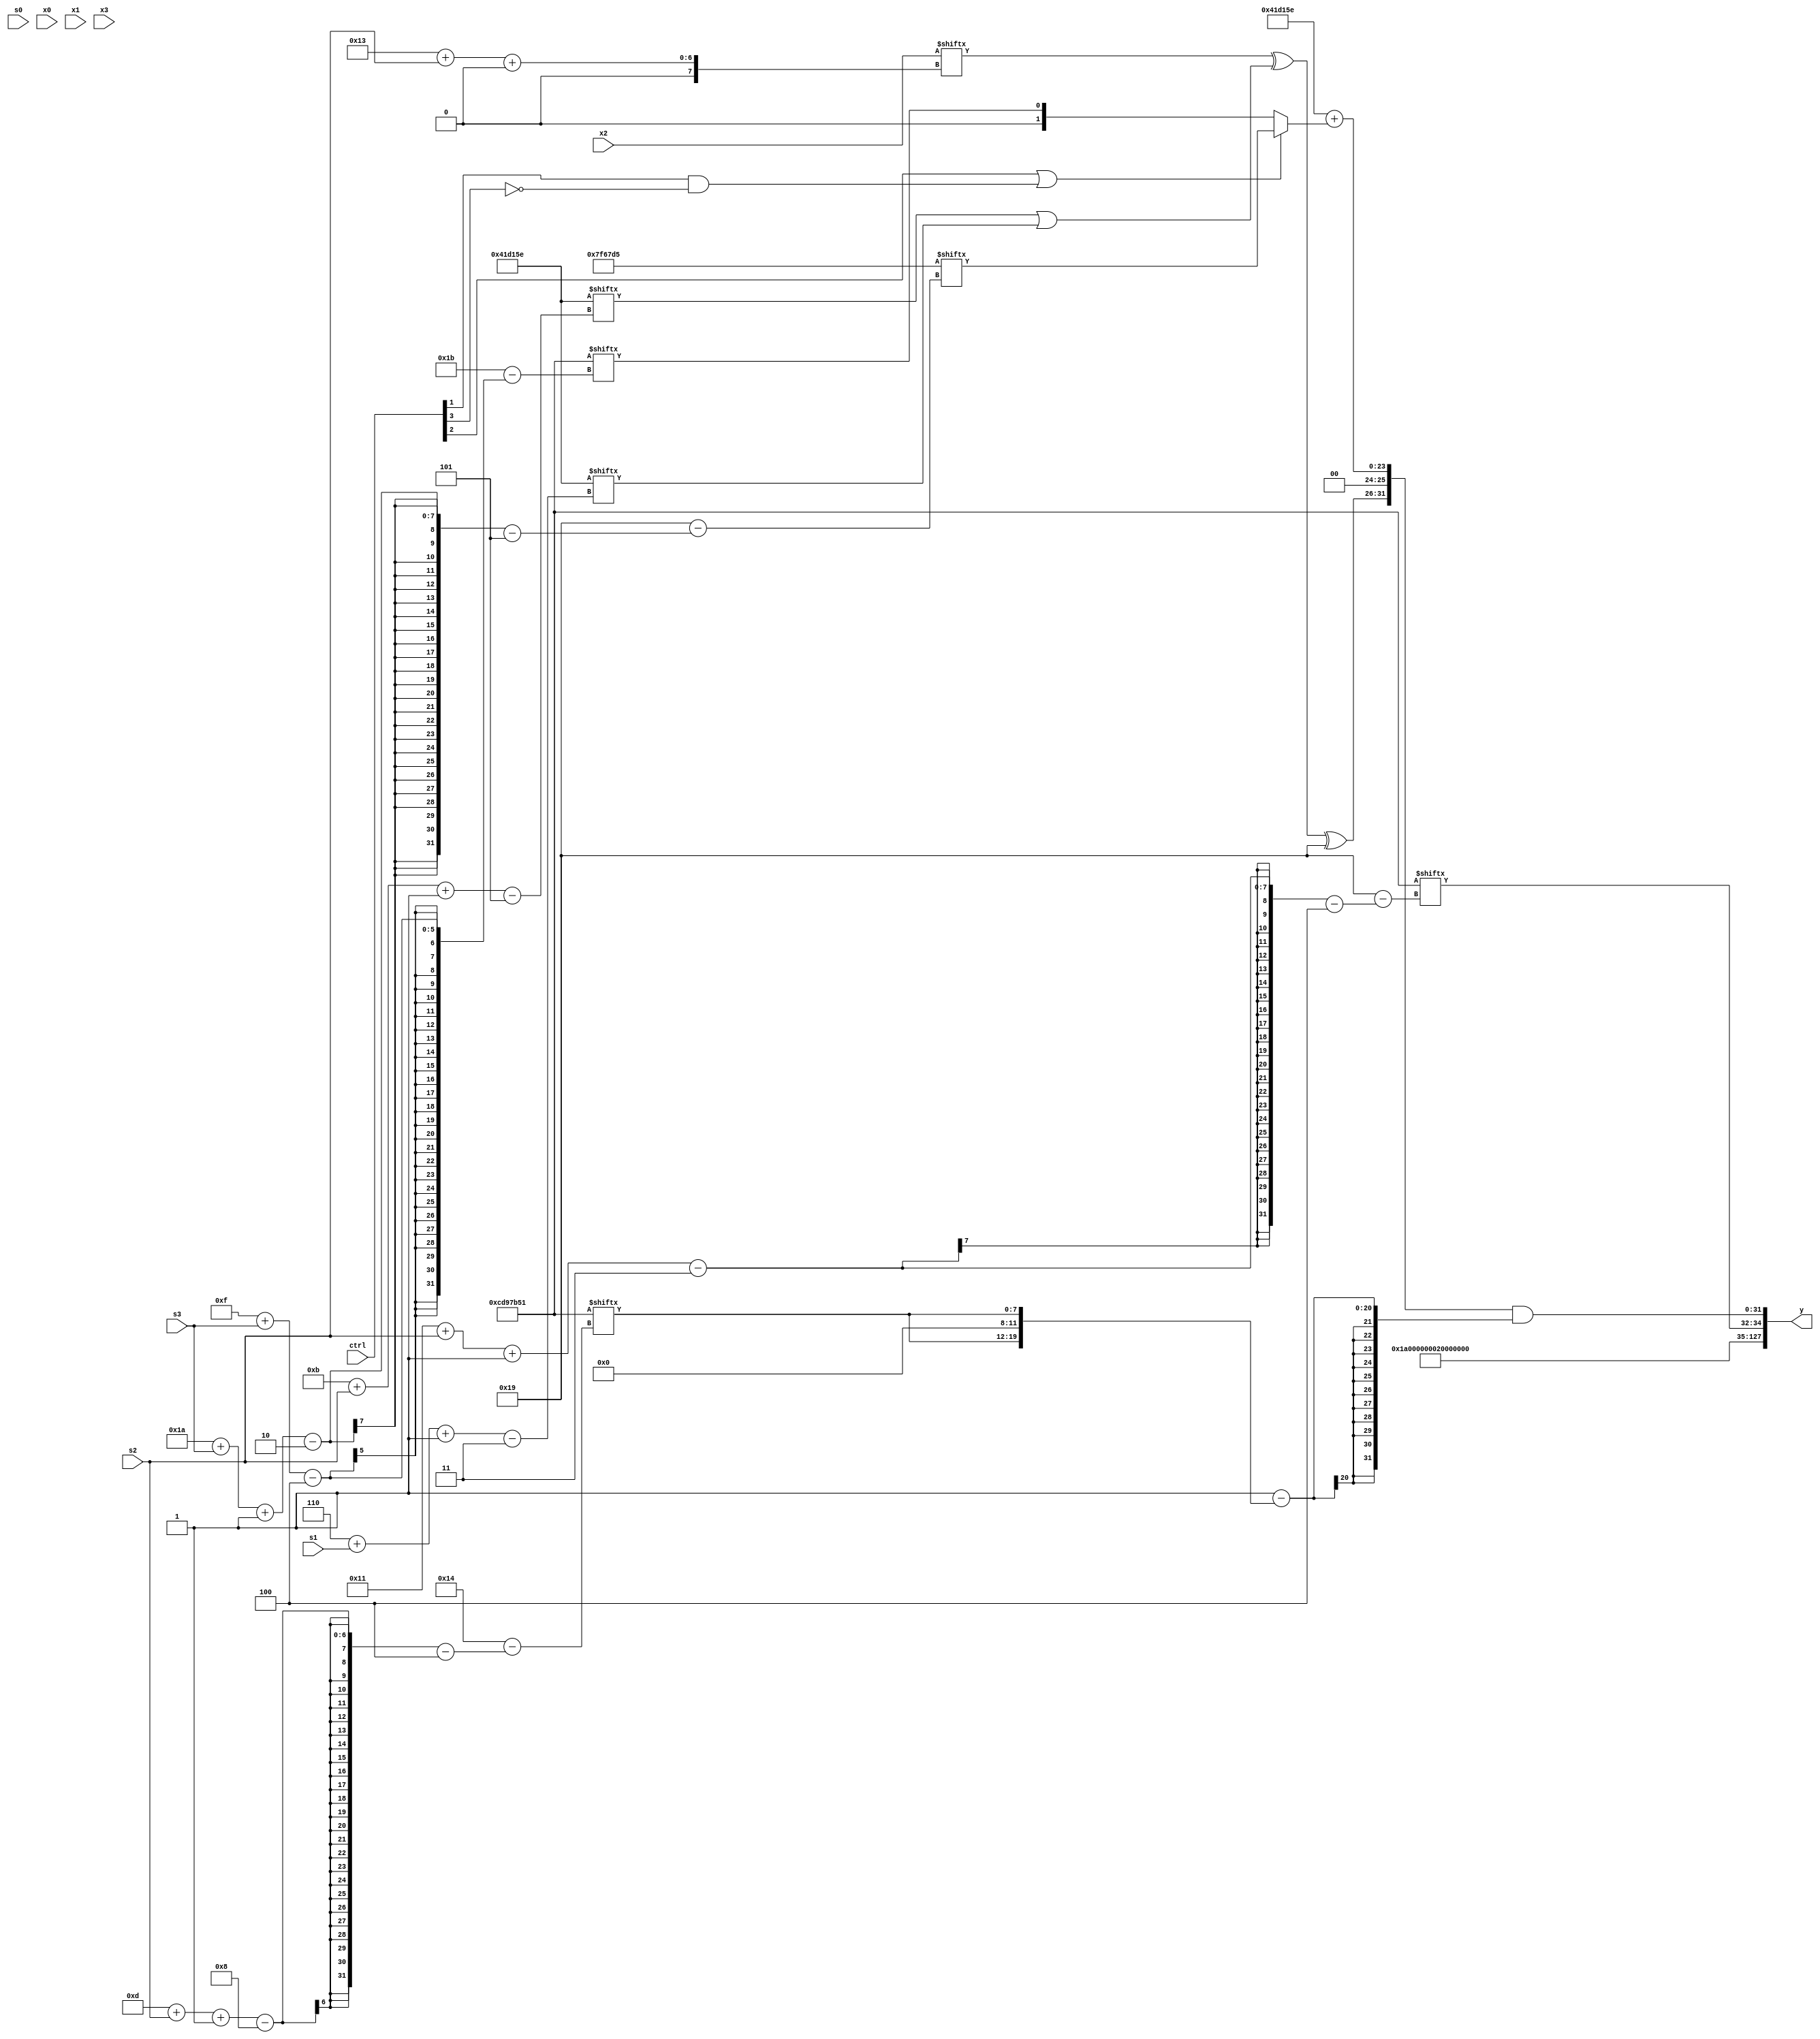
module partsel_00438(ctrl, s0, s1, s2, s3, x0, x1, x2, x3, y);
  input [3:0] ctrl;
  input [2:0] s0;
  input [2:0] s1;
  input [2:0] s2;
  input [2:0] s3;
  input [31:0] x0;
  input [31:0] x1;
  input signed [31:0] x2;
  input signed [31:0] x3;
  wire [7:25] x4;
  wire [24:0] x5;
  wire [28:2] x6;
  wire signed [6:24] x7;
  wire signed [1:25] x8;
  wire signed [4:28] x9;
  wire [25:5] x10;
  wire [24:2] x11;
  wire [6:27] x12;
  wire [7:31] x13;
  wire signed [0:27] x14;
  wire [28:7] x15;
  output [127:0] y;
  wire signed [31:0] y0;
  wire signed [31:0] y1;
  wire signed [31:0] y2;
  wire signed [31:0] y3;
  assign y = {y0,y1,y2,y3};
  localparam signed [28:5] p0 = 368420121;
  localparam signed [25:0] p1 = 4313438;
  localparam [5:31] p2 = 142567381;
  localparam signed [4:31] p3 = 215579473;
  assign x4 = (({2{(x0 & (!ctrl[0] && ctrl[2] || ctrl[1] ? x1 : x1[20]))}} | (ctrl[0] || ctrl[2] && !ctrl[1] ? (x0 | x3[25 + s3 +: 3]) : ({p2[17 -: 3], (p3[8 + s3 -: 6] | (p1[9] + p0[17 +: 3]))} | (p1 & (p1[22 + s1 -: 8] ^ p1[2 + s0 -: 1]))))) + p1[7 + s3]);
  assign x5 = p0;
  assign x6 = (!ctrl[2] && !ctrl[1] || !ctrl[3] ? ((x4[9 + s3 +: 5] ^ p3[19 +: 3]) | p3) : {2{((p1 ^ (p2[20 -: 2] | x2[27 + s2 -: 1])) - x2[30 + s0 -: 3])}});
  assign x7 = p0[28 + s1 -: 6];
  assign x8 = (!ctrl[2] || !ctrl[3] && ctrl[0] ? p0[16 + s0] : x4[20 -: 2]);
  assign x9 = ((({2{(p0 & p0[0 + s0 -: 6])}} & ((x0[25 + s1 +: 3] - x7) + (p0[22] & p0[19 + s3 -: 7]))) | x7[14 -: 4]) | {2{(p2 & x8)}});
  assign x10 = (x5 + x1[13 -: 3]);
  assign x11 = (!ctrl[0] && ctrl[1] || !ctrl[1] ? x8[7 + s0 +: 4] : x9[17]);
  assign x12 = (((ctrl[2] || ctrl[0] || !ctrl[3] ? {2{p3[13 -: 2]}} : p1[25 + s2 -: 7]) & x11) & (({(x1[23 -: 4] - (x10[13 + s0] ^ (p0 - x10[13 -: 4]))), p3[14 +: 3]} | (ctrl[1] || !ctrl[3] || ctrl[1] ? p0[17 + s1 +: 6] : {2{p3[22 -: 1]}})) | x10));
  assign x13 = ((p0 | ((x3[19 -: 2] | (x0[18 -: 1] | x0[20 -: 4])) | p3)) + p3[17]);
  assign x14 = x7[12 +: 4];
  assign x15 = (x5[24 + s3 -: 5] - ({2{(!ctrl[3] || !ctrl[1] || ctrl[1] ? p2[1 + s1 +: 1] : (ctrl[0] || !ctrl[1] || ctrl[3] ? p0[13 -: 1] : p1[11]))}} | (p0[20 -: 2] ^ ((!ctrl[3] && ctrl[3] && ctrl[3] ? p3[5 + s1 +: 2] : (x1[4 + s1 -: 5] ^ p1[21])) & {2{x7[14 + s0 +: 7]}}))));
  assign y0 = x5[16 -: 4];
  assign y1 = x5[8];
  assign y2 = p3[17 + s2 -: 3];
  assign y3 = {{{{{2{(p3 & x1[11 +: 3])}}, x5}, ({(p3 ^ (p0[16 -: 3] ^ p3[9])), p3[10]} + x3)}, (p1[19 -: 3] ^ ((ctrl[3] && !ctrl[3] || ctrl[0] ? p3 : p3) | p3[19 -: 3]))}, ({((x2[19 + s2 +: 7] ^ (p1[11 + s2 -: 5] | p1[6 + s1 -: 3])) ^ p0), (p1 + (ctrl[2] || ctrl[1] && !ctrl[3] ? p2[26 + s3 -: 2] : p3[15 + s3]))} & (p2[15] - {2{{p1[17 +: 4], p3[13 + s2 -: 8]}}}))};
endmodule